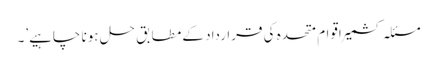
مسئلہ کشمیر اقوام متحدہ کی قرارداد کے مطابق حل ہونا چاہیے’۔